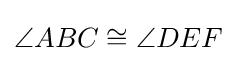
\angle ABC\cong \angle DEF